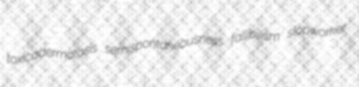
toxicodermatosis semispontaneousness fallibilism slopworker